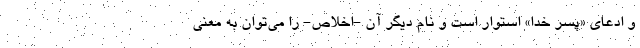
و ادعای «پسر خدا» استوار است و نام دیگر آن -اخلاص- را می‌توان به معنی